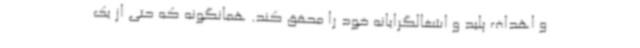
و اهداف پلید و اشغالگرایانه خود را محقق کند. همانگونه که حتی از یک